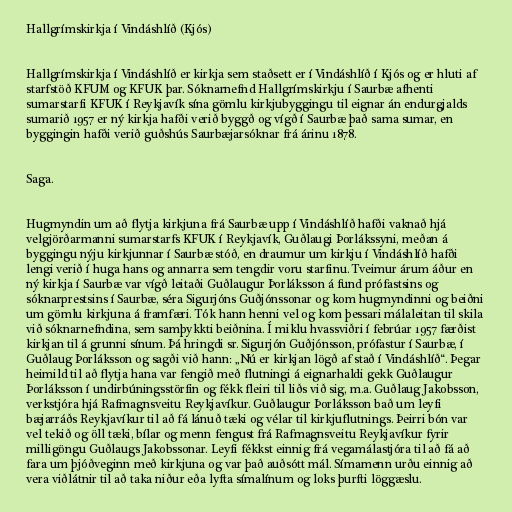
Hallgrímskirkja í Vindáshlíð (Kjós)

Hallgrímskirkja í Vindáshlíð er kirkja sem staðsett er í Vindáshlíð í Kjós og er hluti af
starfstöð KFUM og KFUK þar. Sóknarnefnd Hallgrímskirkju í Saurbæ afhenti
sumarstarfi KFUK í Reykjavík sína gömlu kirkjubyggingu til eignar án endurgjalds
sumarið 1957 er ný kirkja hafði verið byggð og vígð í Saurbæ það sama sumar, en
byggingin hafði verið guðshús Saurbæjarsóknar frá árinu 1878.

Saga.

Hugmyndin um að flytja kirkjuna frá Saurbæ upp í Vindáshlíð hafði vaknað hjá
velgjörðarmanni sumarstarfs KFUK í Reykjavík, Guðlaugi Þorlákssyni, meðan á
byggingu nýju kirkjunnar í Saurbæ stóð, en draumur um kirkju í Vindáshlíð hafði
lengi verið í huga hans og annarra sem tengdir voru starfinu. Tveimur árum áður en
ný kirkja í Saurbæ var vígð leitaði Guðlaugur Þorláksson á fund prófastsins og
sóknarprestsins í Saurbæ, séra Sigurjóns Guðjónssonar og kom hugmyndinni og beiðni
um gömlu kirkjuna á framfæri. Tók hann henni vel og kom þessari málaleitan til skila
við sóknarnefndina, sem samþykkti beiðnina. Í miklu hvassviðri í febrúar 1957 færðist
kirkjan til á grunni sínum. Þá hringdi sr. Sigurjón Guðjónsson, prófastur í Saurbæ, í
Guðlaug Þorláksson og sagði við hann: „Nú er kirkjan lögð af stað í Vindáshlíð“. Þegar
heimild til að flytja hana var fengið með flutningi á eignarhaldi gekk Guðlaugur
Þorláksson í undirbúningsstörfin og fékk fleiri til liðs við sig, m.a. Guðlaug Jakobsson,
verkstjóra hjá Rafmagnsveitu Reykjavíkur. Guðlaugur Þorláksson bað um leyfi
bæjarráðs Reykjavíkur til að fá lánuð tæki og vélar til kirkjuflutnings. Þeirri bón var
vel tekið og öll tæki, bílar og menn fengust frá Rafmagnsveitu Reykjavíkur fyrir
milligöngu Guðlaugs Jakobssonar. Leyfi fékkst einnig frá vegamálastjóra til að fá að
fara um þjóðveginn með kirkjuna og var það auðsótt mál. Símamenn urðu einnig að
vera viðlátnir til að taka niður eða lyfta símalínum og loks þurfti löggæslu.